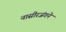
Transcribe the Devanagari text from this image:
नासीरजंगने